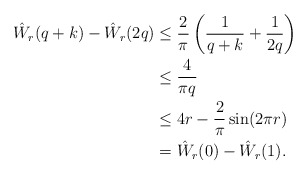
\begin{align*} \hat W_r(q+k)-\hat W_r(2q) & \le \frac{2}{\pi}\left( \frac{1}{q+k}+\frac{1}{2q}\right)\\ &\le \frac{4}{\pi q}\\ &\le 4r-\frac{2}{\pi}\sin(2\pi r)\\ &=\hat W_r(0)-\hat W_r(1).\end{align*}